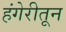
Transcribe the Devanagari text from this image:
हंगेरीतून